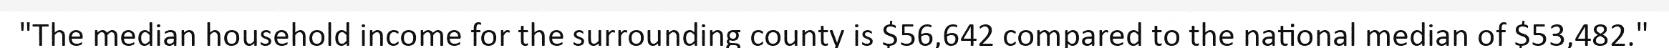
"The median household income for the surrounding county is $56,642 compared to the national median of $53,482."